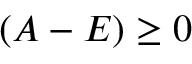
( A - E ) \geq 0